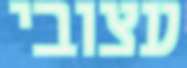
עצובי